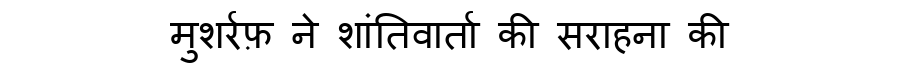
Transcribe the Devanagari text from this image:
मुशर्रफ़ ने शांतिवार्ता की सराहना की